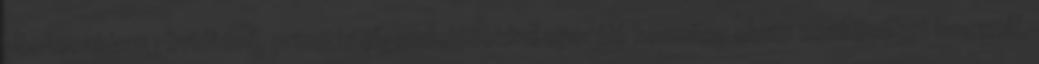
pontosabban rövidtávú, primitív elgondolásokkal operáló kormány olyan eszközöket használ,